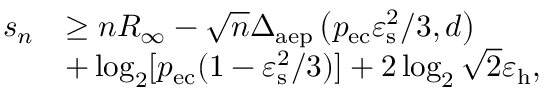
\begin{array} { r l } { s _ { n } } & { \geq n R _ { \infty } - \sqrt { n } \Delta _ { \mathrm { a e p } } \left( p _ { \mathrm { e c } } \varepsilon _ { \mathrm { s } } ^ { 2 } / 3 , d \right) } \\ & { + \log _ { 2 } [ p _ { \mathrm { e c } } ( 1 - \varepsilon _ { \mathrm { s } } ^ { 2 } / 3 ) ] + 2 \log _ { 2 } \sqrt { 2 } \varepsilon _ { \mathrm { h } } , } \end{array}